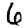
Digit: 6